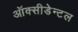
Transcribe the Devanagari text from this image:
ऑक्सीडेन्टल